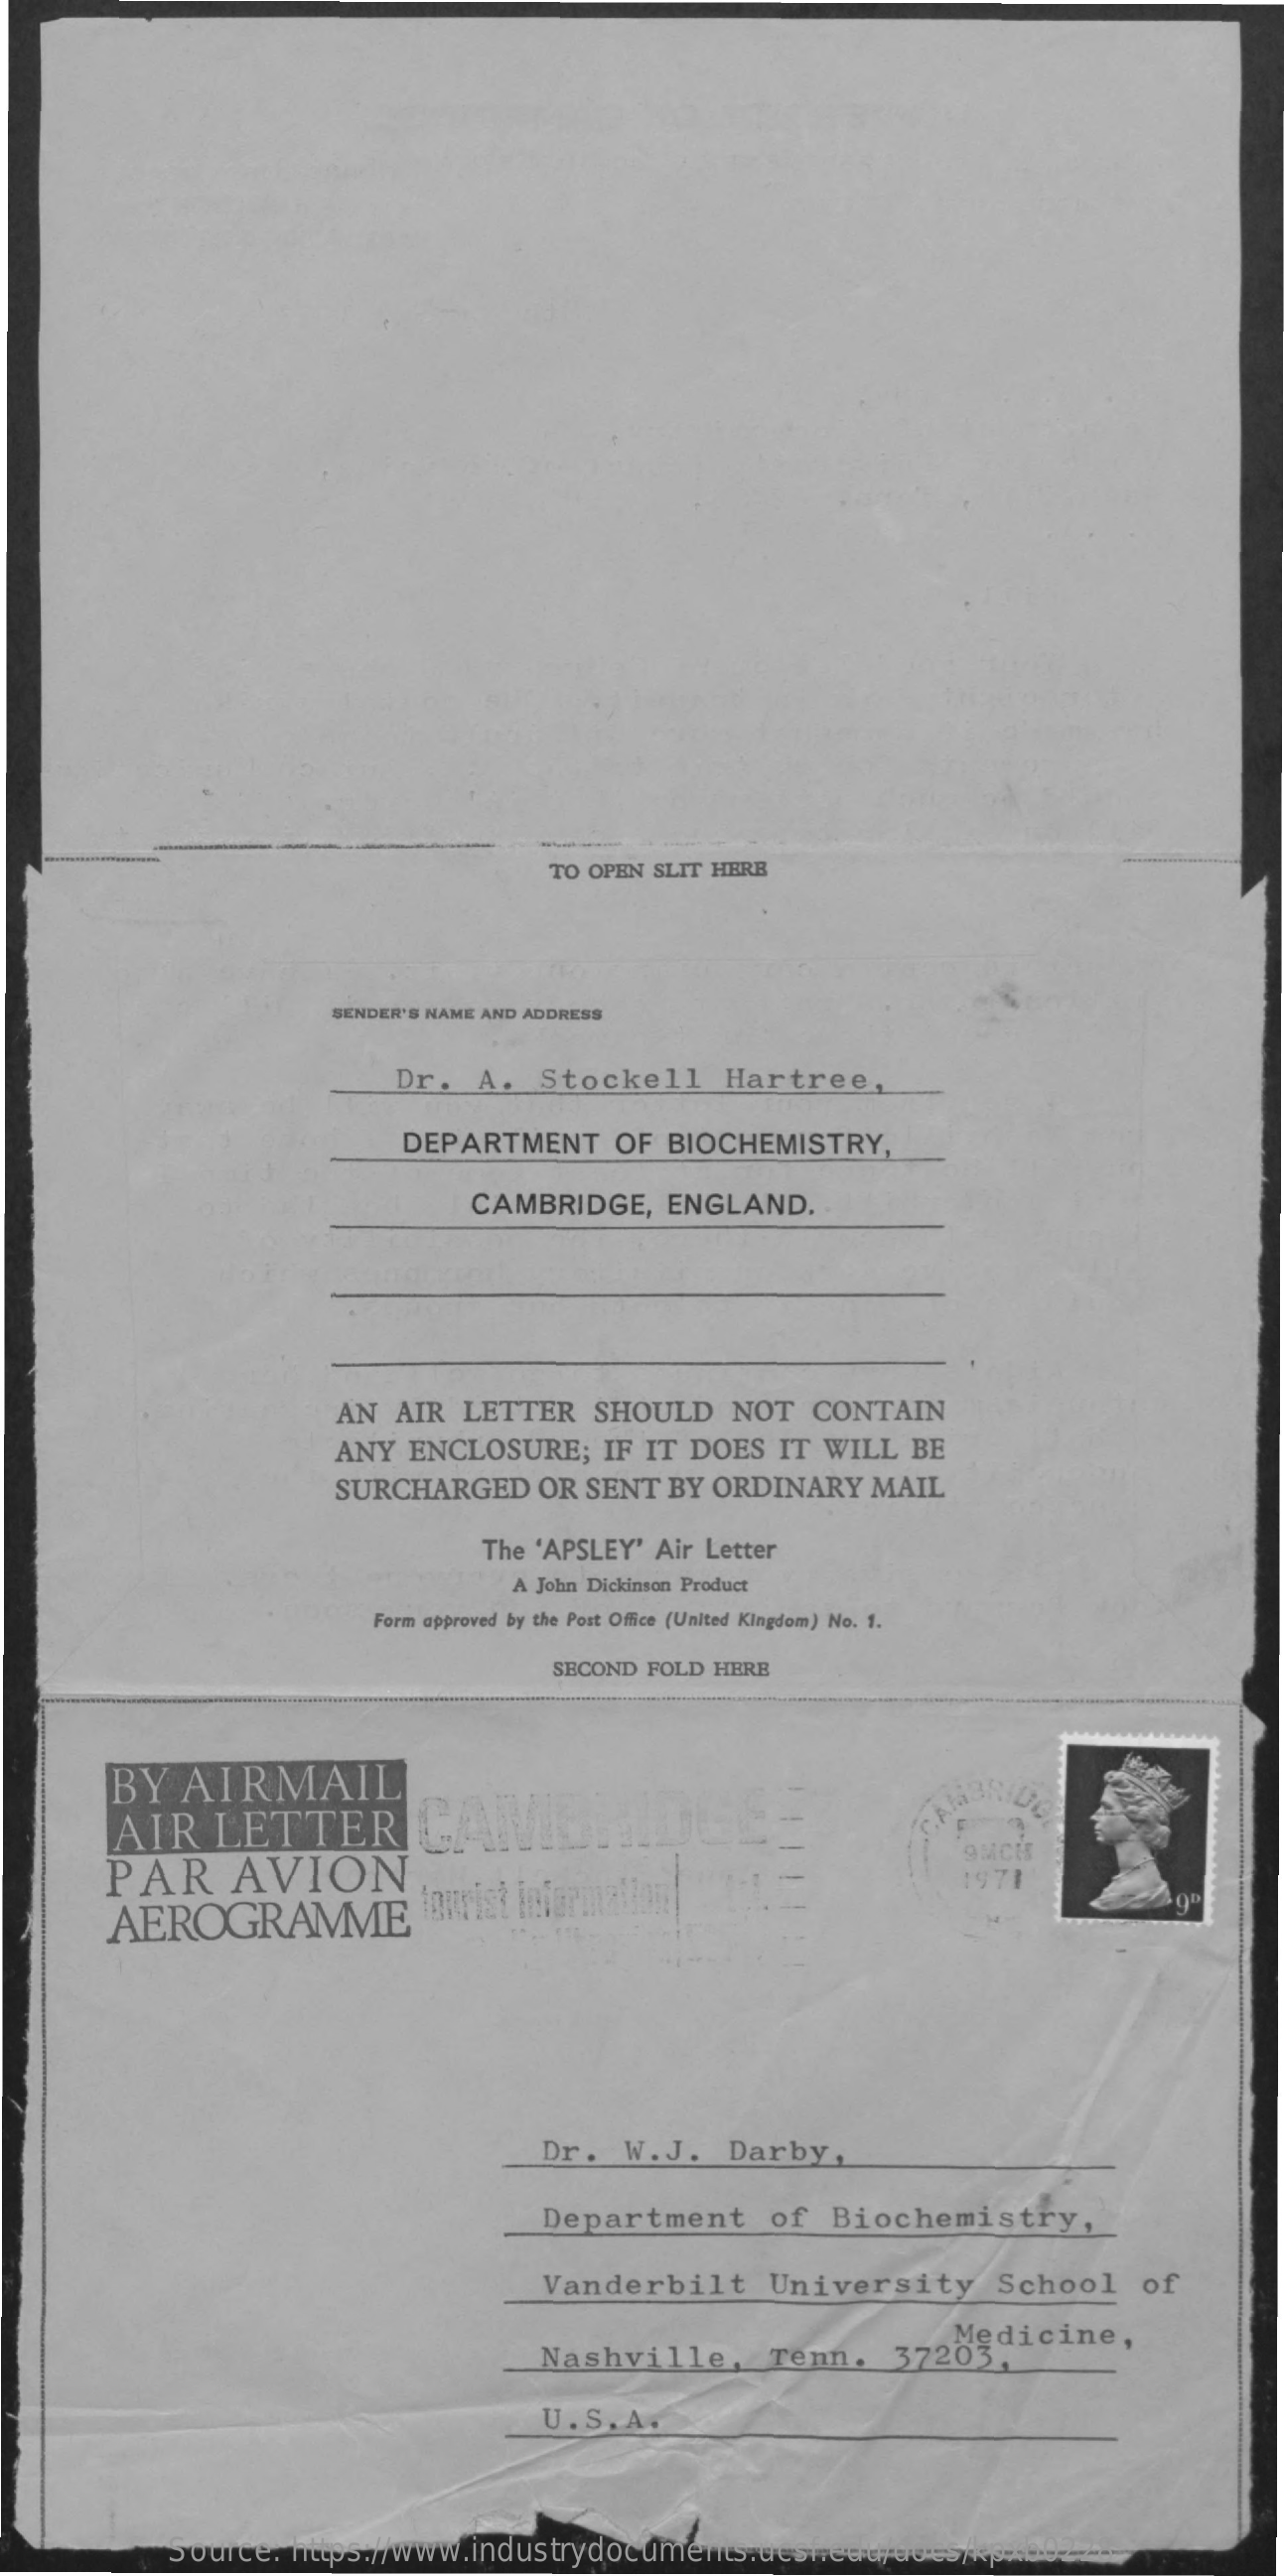
TO OPEN SLIT HERE
     SENDER'S NAME AND ADDRESS
     Dr.  A.  Stockell   Hartree,
     DEPARTMENT  OF  BIOCHEMISTRY,
     CAMBRIDGE,  ENGLAND.
     AN  AIR LETTER  SHOULD   NOT  CONTAIN
     ANY  ENCLOSURE;  IF IT DOES IT WILL BE
     SURCHARGED   OR SENT BY ORDINARY MAIL
     The 'APSLEY' Air Letter
     A John Dickinson Product
     Form approved by the Post Office (United Kingdom) No. 1.
     SECOND FOLD HERE
     BY  AIRMAIL
     AIR   LETTER    CAMERIDE    CAN
     PAR    AVION
     9MCH
     AEROGRAMME    tourist information
     1971
     Dr.  W.J.   Darby,
     Department    of  Biochemistry,
     Vanderbilt    University    School   of
     Nashville,    Tenn.   37203,
     Medicine,
     U.S. A.
     Source: https://www.industrydocuments.ucsf.edu/docs/kpxb0228